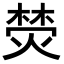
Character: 𭵦